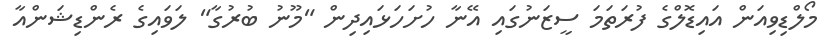
މޯލްޑިވިއަން އައިޑޮލްގެ ފުރަތަމަ ސީޒަނުގައި އޭނާ ހުށަހަޅައިދިން "މޫނު ބުރުގާ" ލަވައިގެ ރެންޑިޝަންއާ